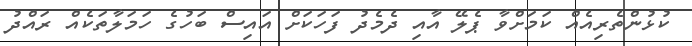
ކުޅުންތެރިއެއް ކަމަށްވާ ޕެލޭ އާއި ދެމެދު ފަހަކަށް އައިސް ބަހުގެ ހަމަލާތަކެއް ރައްދު